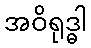
အဝိရုဒ္ဓါ